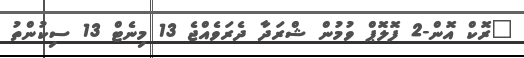
"ރޮކް އޮން-2 ފޮލޮޕް ވުމުން ޝްރަދާ ދެރަވެއްޖެ 13 މިނެޓް 13 ސިކުންތު